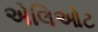
એલિઓટ